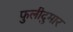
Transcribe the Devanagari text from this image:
फुलीदुमार